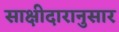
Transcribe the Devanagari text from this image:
साक्षीदारानुसार